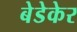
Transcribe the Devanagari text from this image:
बेडेकेर